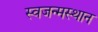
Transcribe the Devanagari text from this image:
स्वजन्मस्थान